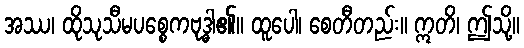
အဿ၊ ထိုသုသီမပစ္စေကဗုဒ္ဓါ၏။ ထူပေါ၊ စေတီတည်း။ ဣတိ၊ ဤသို့။